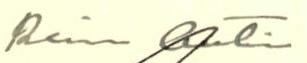
Raimo Antin